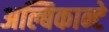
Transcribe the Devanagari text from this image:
अल्बिकान्टे